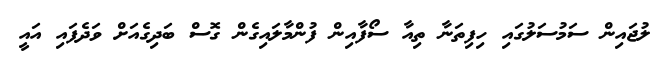
ލުޖައިން ސަމުސަލުގައި ހިފިތަނާ ތިއާ ސޯފާއިން ފުންމާލައިގެން ގޮސް ބަދިގެއަށް ވަދެފައި އައީ